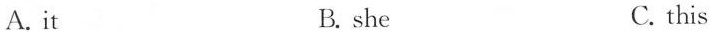
A.it B.she C.this